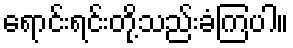
ရောင်းရင်းတို့သည်းခံကြပါ။